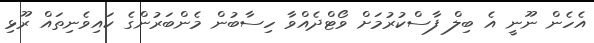
އެހެން ނޫނީ އެ ބިލް ފާސްކުރުމަށް ވޯޓްދެއްވާ ހިސާބުން މެންބަރުންގެ ކައިވެނިތައް ރޫޅި